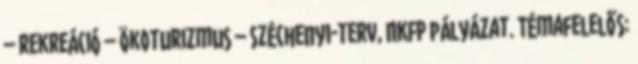
– rekreáció – ökoturizmus – Széchenyi-terv, NKFP pályázat. Témafelelős: